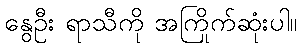
နွေဦး ရာသီကို အကြိုက်ဆုံးပါ။